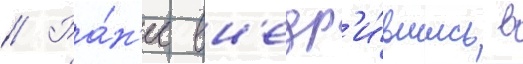
// Ра́н'ее вн'едр'и́вшись в